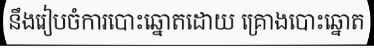
នឹងរៀបចំការបោះឆ្នោតដោយ គ្រោងបោះឆ្នោត